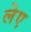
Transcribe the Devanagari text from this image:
लेए